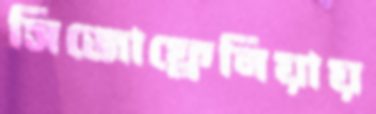
সিজোফ্রেনিয়ায়